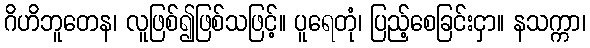
ဂိဟိဘူတေန၊ လူဖြစ်၍ဖြစ်သဖြင့်။ ပူရေတုံ၊ ပြည့်စေခြင်းငှာ။ နသက္ကာ၊